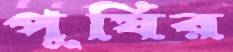
পুষির